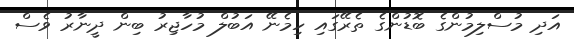
އަދި މުސްލިމުންގެ ބޮޑުންގެ ތެރޭގައި ހިމެނޭ އަބުލް މުހާޖިރު ބިން ދީނާރު ވެސް